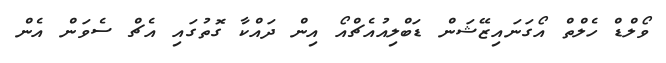
ވޯލްޑް ހެލްތް އޯގަނައިޒޭޝަން ޑަބްލިއުއެޗްއޯ އިން ދައްކާ ގޮތުގައި އެޗް ސެވަން އެން